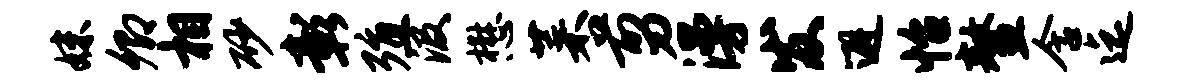
妹卿相砂彰殖汲懋菜剪漫发避怡鳌含迄